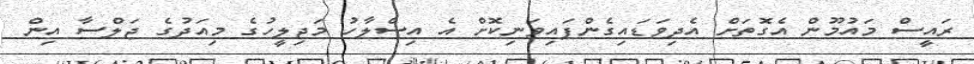
ރައީސް މައުމޫން އެގޮތަށް އެދިވަޑައިގެންފައިވަނިކޮށް އެ އިސްލާހު މަޖިލީހުގެ މިއަދުގެ ޖަލްސާ އިން